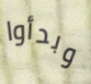
وبدأوا